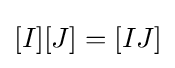
[I][J]=[IJ]